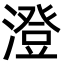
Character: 澄